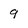
Character: q